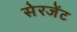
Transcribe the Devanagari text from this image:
सेरजेंट